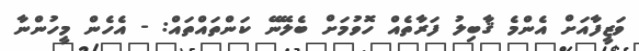
ވަޒީފާއަށް އެންމެ ޤާބިލު ފަރާތެއް ހޮވުމަށް ބެލޭނޭ ކަންތައްތައް: - އެހެން މީހުންނާ